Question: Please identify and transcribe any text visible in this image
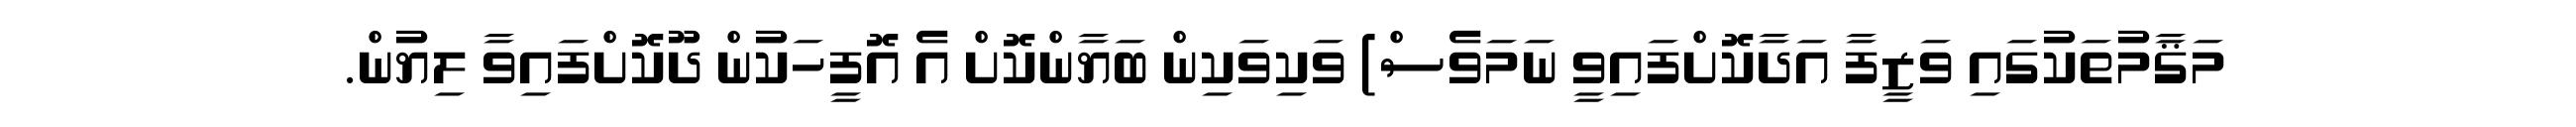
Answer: މަޤާމުތަކުގައި ވަޒީފާ އަދާކޮށްފައިވީ ނަމަވެސް) ވަކިވަކިން ބަޔާންކޮށް އެ އޮފީހަކުން ދޫކޮށްފައިވާ ލިޔުން.